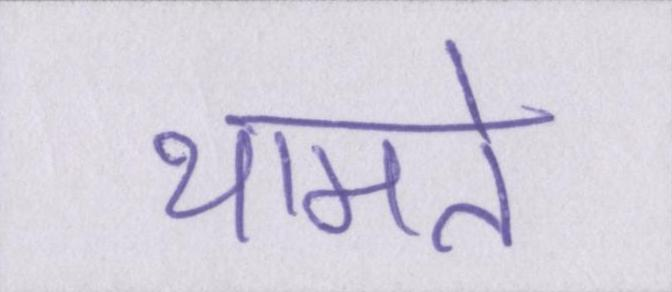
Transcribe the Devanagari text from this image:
थामते